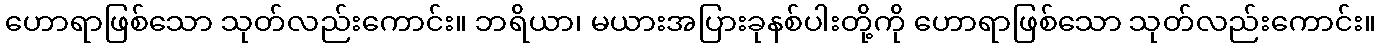
ဟောရာဖြစ်သော သုတ်လည်းကောင်း။ ဘရိယာ၊ မယားအပြားခုနစ်ပါးတို့ကို ဟောရာဖြစ်သော သုတ်လည်းကောင်း။